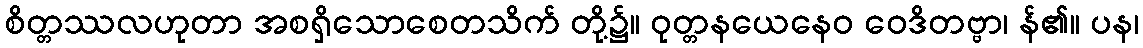
စိတ္တဿလဟုတာ အစရှိသောစေတသိက် တို့၌။ ဝုတ္တနယေနေဝ ဝေဒိတဗ္ဗာ၊ န်၏။ ပန၊